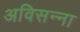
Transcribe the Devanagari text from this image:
अविसन्ना